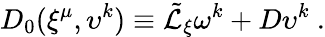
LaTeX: D_{0}(\xi^{\mu},\upsilon^{k})\equiv{\tilde{\cal L}}_{\xi}\omega^{k}+D\upsilon^{k}\ .